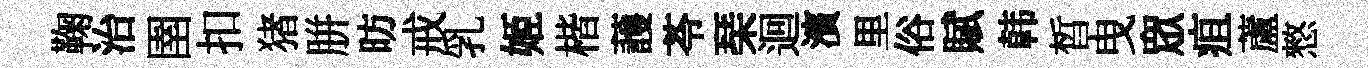
鞠治圉扣猪胼昉戒乳姬楷䕶苓琹迴濱里俗賦韩晳曳衆疽蘆憗